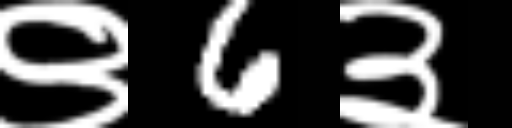
Text: ९6३